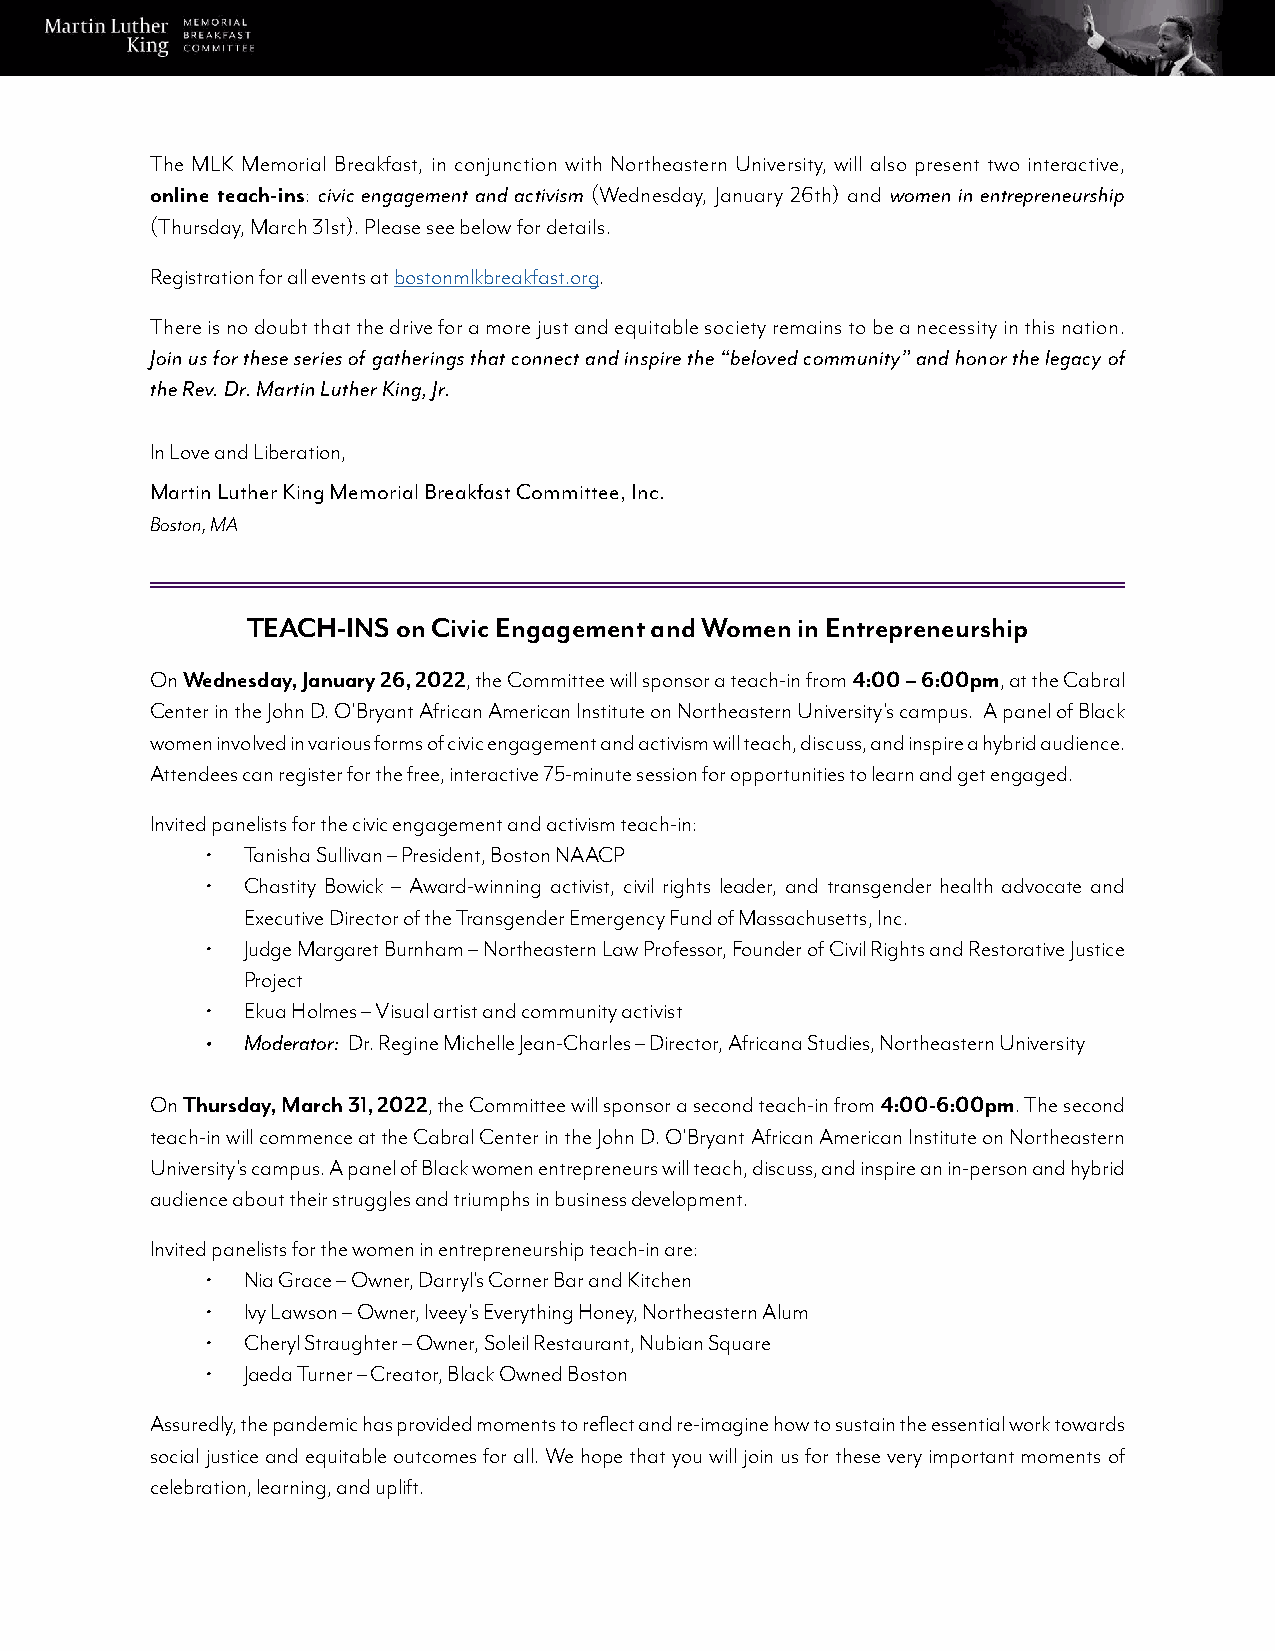
The MLK Memorial Breakfast, in conjunction with Northeastern University, will also present two interactive,
 online teach-ins: civic engagement and activism (Wednesday, January 26th) and women in entrepreneurship
 (Thursday, March 31st). Please see below for details.
 Registration for all events at bostonmlkbreakfast.org.
 There is no doubt that the drive for a more just and equitable society remains to be a necessity in this nation.
 Join us for these series of gatherings that connect and inspire the “beloved community” and honor the legacy of
 the Rev. Dr. Martin Luther King, Jr.
 In Love and Liberation,
 Martin Luther King Memorial Breakfast Committee, Inc.
 Boston, MA
 TEACH-INS on Civic Engagement and Women in Entrepreneurship
 On Wednesday, January 26, 2022, the Committee will sponsor a teach-in from 4:00 – 6:00pm, at the Cabral
 Center in the John D. O’Bryant African American Institute on Northeastern University’s campus. A panel of Black
 women involved in various forms of civic engagement and activism will teach, discuss, and inspire a hybrid audience.
 Attendees can register for the free, interactive 75-minute session for opportunities to learn and get engaged.
 Invited panelists for the civic engagement and activism teach-in:
 • Tanisha Sullivan – President, Boston NAACP
 • Chastity Bowick – Award-winning activist, civil rights leader, and transgender health advocate and
 Executive Director of the Transgender Emergency Fund of Massachusetts, Inc.
 • Judge Margaret Burnham – Northeastern Law Professor, Founder of Civil Rights and Restorative Justice
 Project
 • Ekua Holmes – Visual artist and community activist
 • Moderator: Dr. Regine Michelle Jean-Charles – Director, Africana Studies, Northeastern University
 On Thursday, March 31, 2022, the Committee will sponsor a second teach-in from 4:00-6:00pm. The second
 teach-in will commence at the Cabral Center in the John D. O’Bryant African American Institute on Northeastern
 University’s campus. A panel of Black women entrepreneurs will teach, discuss, and inspire an in-person and hybrid
 audience about their struggles and triumphs in business development.
 Invited panelists for the women in entrepreneurship teach-in are:
 • Nia Grace – Owner, Darryl’s Corner Bar and Kitchen
 • Ivy Lawson – Owner, Iveey’s Everything Honey, Northeastern Alum
 • Cheryl Straughter – Owner, Soleil Restaurant, Nubian Square
 • Jaeda Turner – Creator, Black Owned Boston
 Assuredly, the pandemic has provided moments to reflect and re-imagine how to sustain the essential work towards
 social justice and equitable outcomes for all. We hope that you will join us for these very important moments of
 celebration, learning, and uplift.